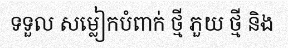
ទទួល សម្លៀកបំពាក់ ថ្មី ភួយ ថ្មី និង